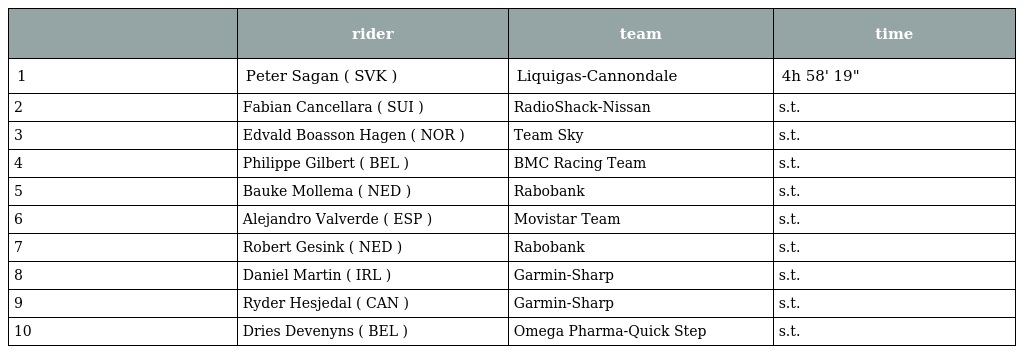
|  | rider | team | time |
 | --- | --- | --- | --- |
 | 1 | Peter Sagan ( SVK ) | Liquigas-Cannondale | 4h 58' 19" |
 | 2 | Fabian Cancellara ( SUI ) | RadioShack-Nissan | s.t. |
 | 3 | Edvald Boasson Hagen ( NOR ) | Team Sky | s.t. |
 | 4 | Philippe Gilbert ( BEL ) | BMC Racing Team | s.t. |
 | 5 | Bauke Mollema ( NED ) | Rabobank | s.t. |
 | 6 | Alejandro Valverde ( ESP ) | Movistar Team | s.t. |
 | 7 | Robert Gesink ( NED ) | Rabobank | s.t. |
 | 8 | Daniel Martin ( IRL ) | Garmin-Sharp | s.t. |
 | 9 | Ryder Hesjedal ( CAN ) | Garmin-Sharp | s.t. |
 | 10 | Dries Devenyns ( BEL ) | Omega Pharma-Quick Step | s.t. |